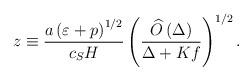
LaTeX: \begin{align*}z\equiv \frac{a\left( \varepsilon +p\right) ^{1/2}}{c_{S}H}\left( \frac{\widehat{O}\left(\Delta \right) }{\Delta +Kf}\right)^{1/2} . \end{align*}